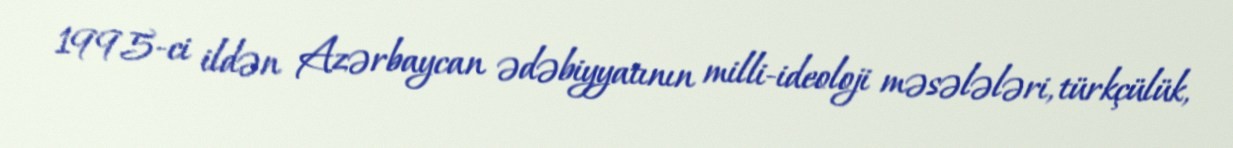
1995-ci ildən Azərbaycan ədəbiyyatının milli-ideoloji məsələləri, türkçülük,